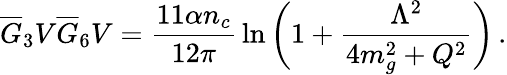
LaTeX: \overline{{G}}_{3}V\overline{{G}}_{6}V={\frac{11\alpha n_{c}}{12\pi}}\ln{\bigg(1+{\frac{\Lambda^{2}}{4m_{g}^{2}+Q^{2}}}\bigg)}\, .